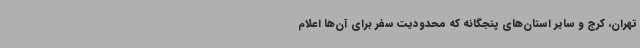
تهران، کرج و سایر استان‌های پنجگانه که محدودیت سفر برای آن‌ها اعلام